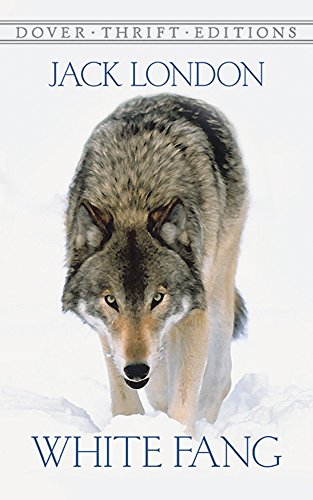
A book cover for White Fang (Dover Thrift Editions); Jack London; Literature & Fiction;